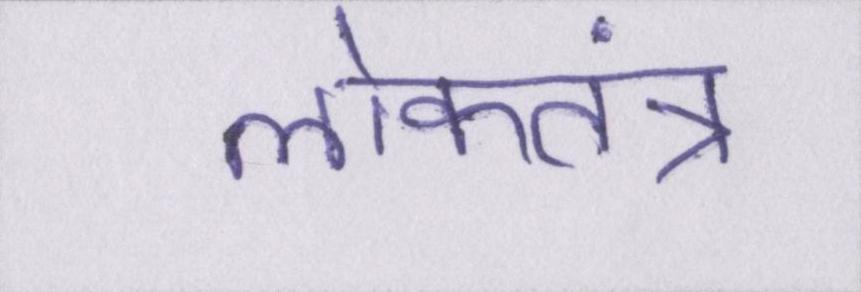
लोकतंत्र